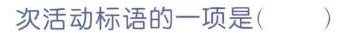
次活动标语的一项是( )